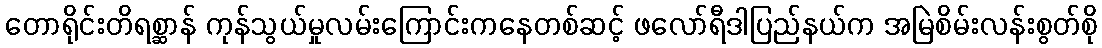
တောရိုင်းတိရစ္ဆာန် ကုန်သွယ်မှုလမ်းကြောင်းကနေတစ်ဆင့် ဖလော်ရီဒါပြည်နယ်က အမြဲစိမ်းလန်းစွတ်စို